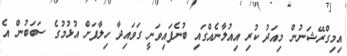
އިމިގްރޭޝަނުން މިއަދު ކުރި އިއުލާނެއްގައި ބުނެފައިވަނީ ގަވައިދާ ހިލާފަށް އުޅުމުގެ ސަބަބުން އެ